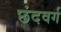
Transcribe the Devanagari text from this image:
छंदवर्ग